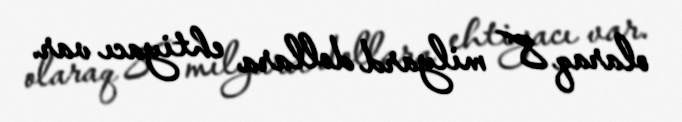
olaraq 8 milyard dollara ehtiyacı var.